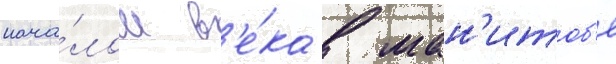
нача́лом в'е́ка в ман'итоб'е